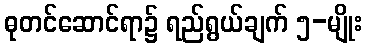
ဓုတင်ဆောင်ရာ၌ ရည်ရွယ်ချက် ၅-မျိုး